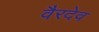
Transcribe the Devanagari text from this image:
वैरदेव